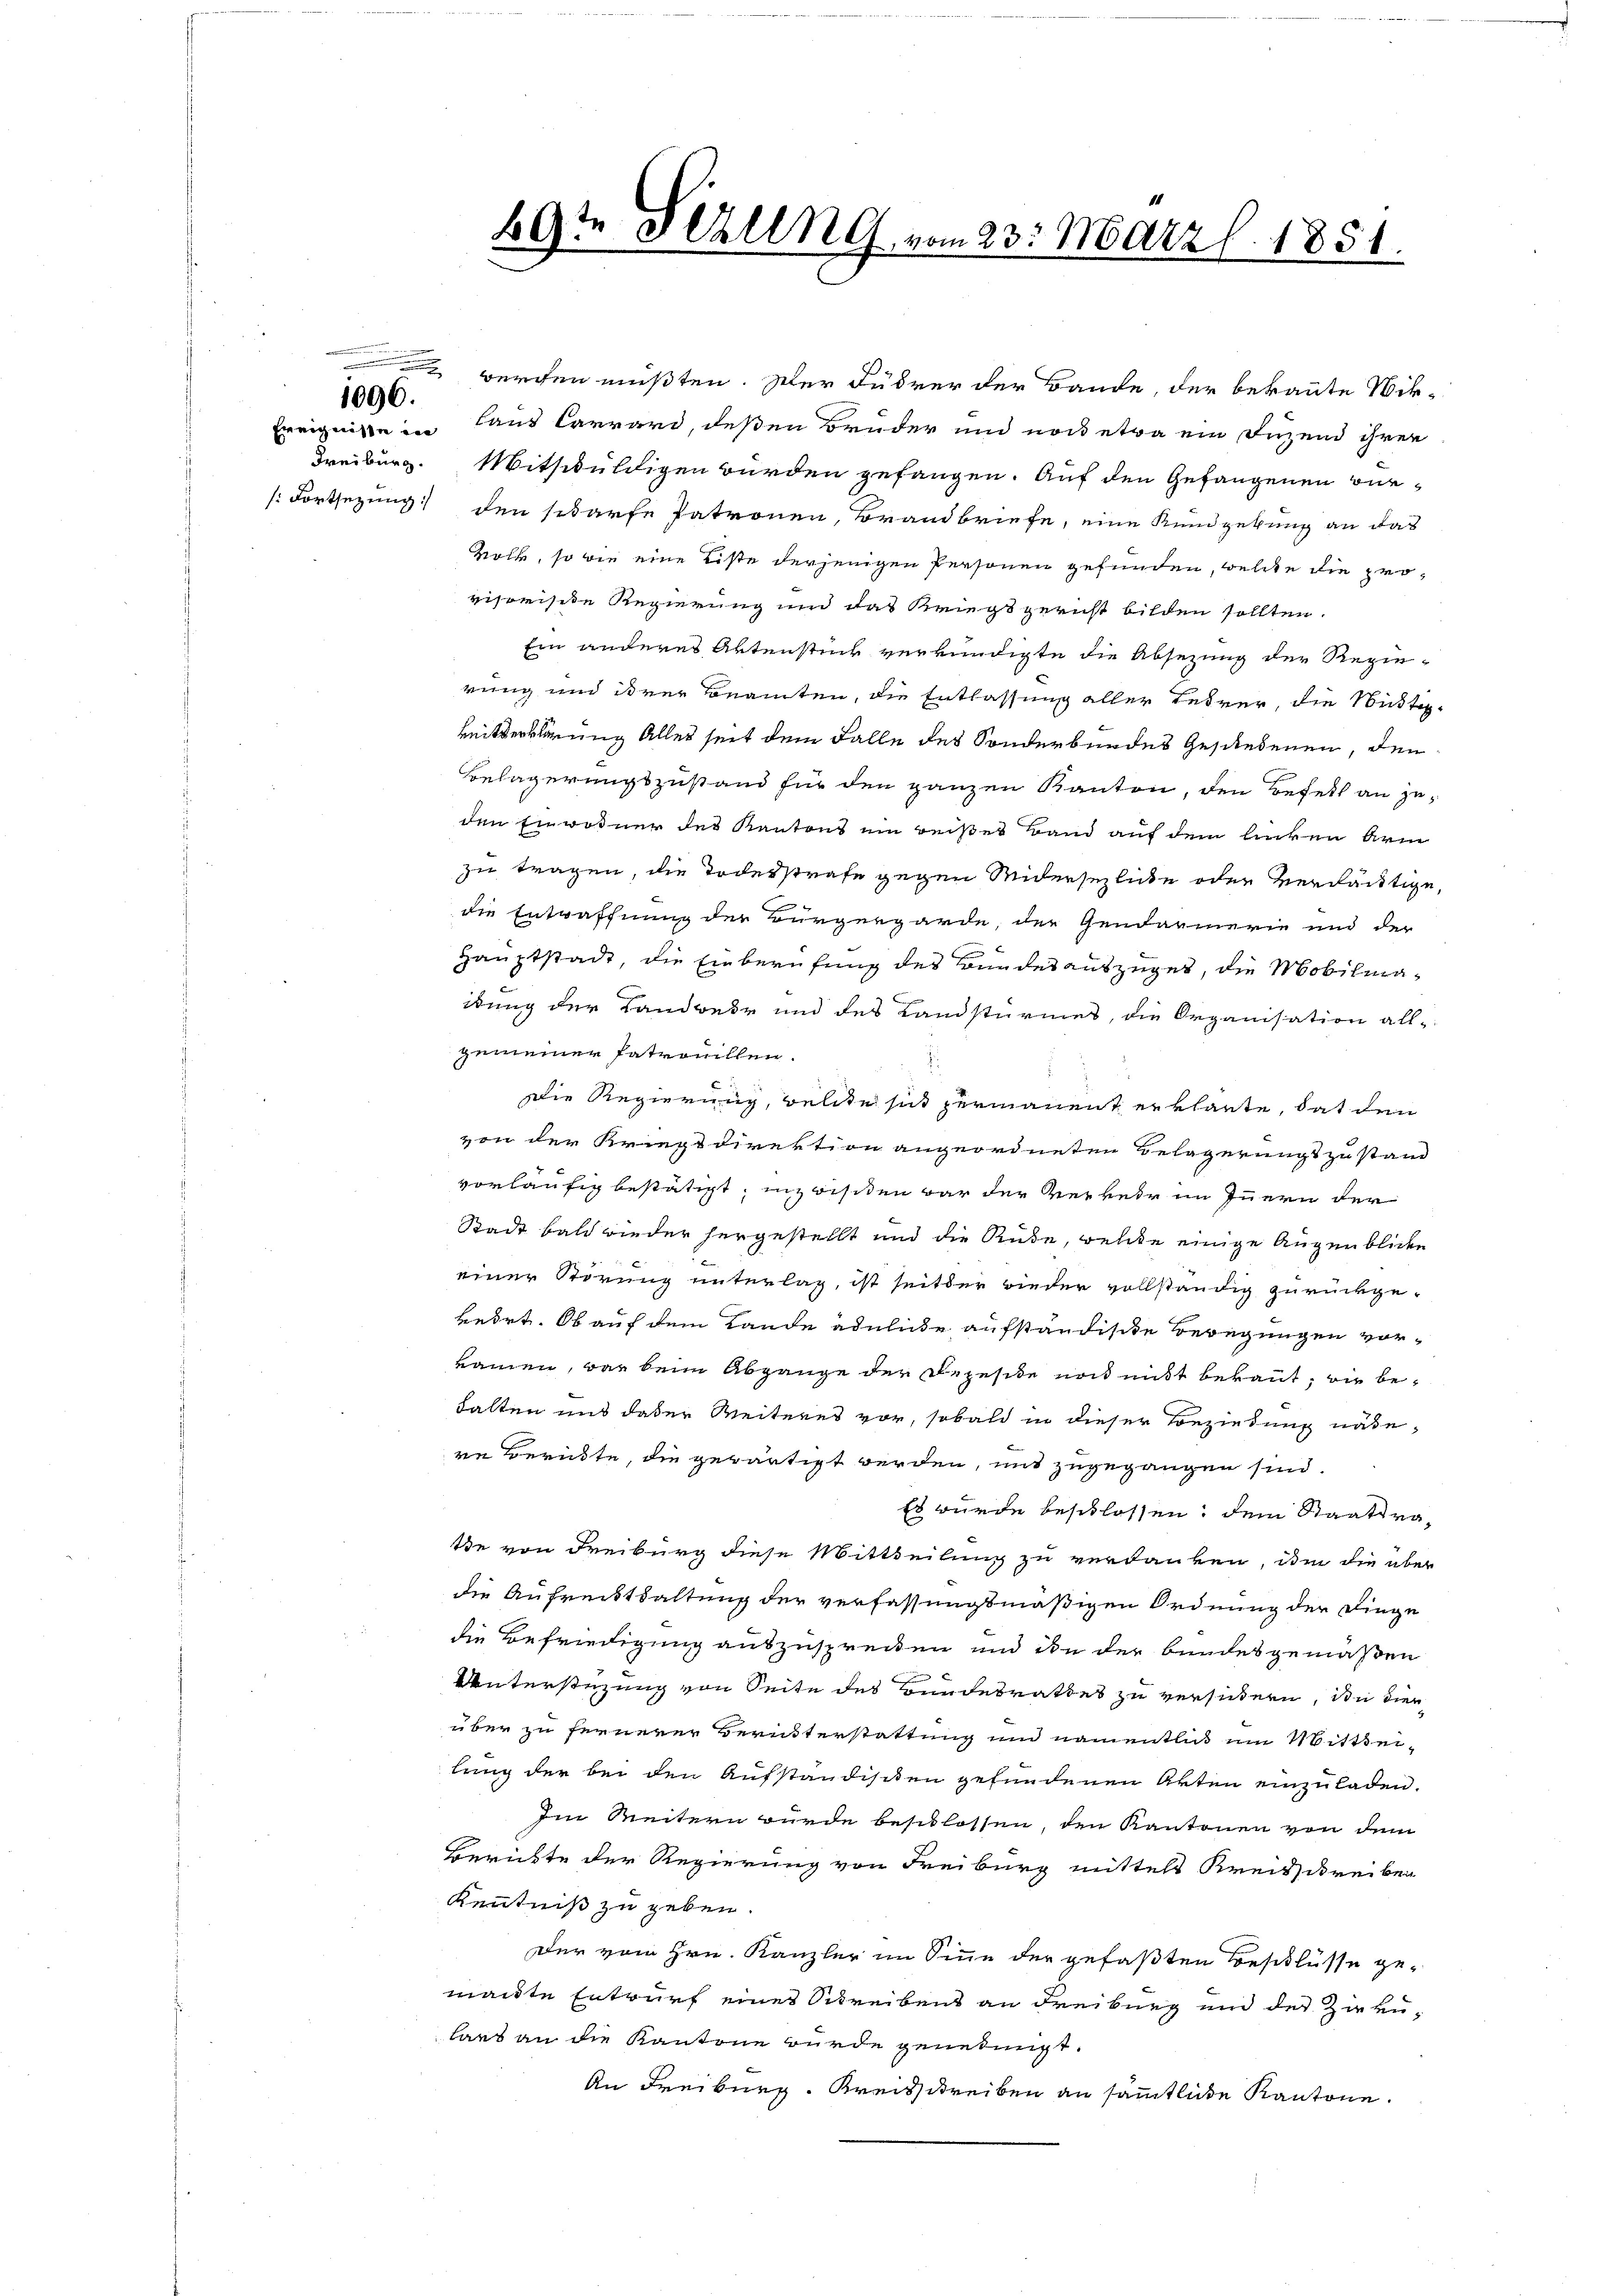
e
Freiburg.

1096.

werden müßten. Der Führer der Bande, der bekannte Nik-
Ereignisse in Haus Carrard, deßen Brüder und noch etwa ein Füzend ihrer
Mitschuldigen würden gefangen. Auf den Gefangenen Bür¬
: Fortsezung den sodarfe Patronen, Brandbriefe, eine Kundgebung an das
Volk, so wie eine Liste derjenigen Personen gefunden, welche die provisreiste Regierung und das Kriegsgericht bilden sollten.
Ein anderes Aktenstück verkündigte die Absezung der Regie-
rung und ihrer Beamten, die Entlassung aller Lehrer, die Nustiz-
keitserklärung alles seit dem Falle des Sonderbundes Geschedenen, den
Belagerungszustand für den ganzen Kanton, den Befett an jeden Einwohner des Kantons ein reißet Band auf dem linken Arm
zu tragen, die Todesstrafe gegen Widersezliche oder verdächtige,
die Entwaffnung der Bürgergarde, der Gendarmerie und der
Hauptstadt, die Einberufung des Bundesauszuges, die Mobiliaidung der Landwede und des Landstürmes, die Organisation all-
gemeiner Patrouillen.
Die Regierung, welche sich permanent erklärte, daß den
von der Kriegsdirektion angeordneten Belagerungszustand
vorläufig bestätigt, inzwisiten war der Verkehr im Innern der
Stadt bald wieder hergestellt und die Rube, welche einige Augenblicken
einer Störung unterlag, ist seitder wieder vollständig zurückgekeirt. Ob auf dem Lande ähnliche aufständische Berügungen vorramen, was beim Abgange der Rezeside noch nicht bekannt, wie behalten und deser Weiteres vor, sobald in dieser Beziehung nähe-
re Berückte, die gewärtigt werden, mit zugegangen sind.
Es wurde beschlossen, dem Staatsrate von Freiburg diese Mittheilung zu verdanken, in die über
die Aufreitsaltung der verfassungsmäßigen Ordnung der Finge
die Befriedigung auszusprecken und in der bundesgemäßen
Unterstüzung von Seite des Bundesrathes zu versichern, die dies
über zu fernerer Bernsterstattung um namentlich um Mitthei-
lung der bei den Aufständisten gefundenen Akten einzuladen.
Im Weitern wurde beschlossen, den Kantonen von dem
Berichte der Regierung von Freiburg mittelt Kreisschreiben
Kenntniß zu geben.
Der vom Hrn. Kanzler im Sinne der gefaßten Beschlüsse gemante Entwurf eines Schreiben an Freiburg und der Zirkulars an die Kantone wurde genehmigt.
An Freiburg. Kreisschreiben an sämmtliche Kantone.

te
69. Schlen G. vom 23. März l. 1851.
e